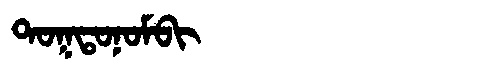
Manchu: ᡨᠣᡴᡨᠣᠨᠣᠮᠪᡳ
Romanization: TOKTONOMBI